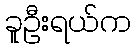
ခူဦးရယ်က